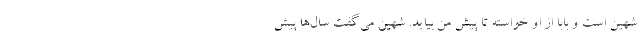
شهین است و بابا از او خواسته تا پیش من بیاید. شهین می‌گفت سال‌ها پیش